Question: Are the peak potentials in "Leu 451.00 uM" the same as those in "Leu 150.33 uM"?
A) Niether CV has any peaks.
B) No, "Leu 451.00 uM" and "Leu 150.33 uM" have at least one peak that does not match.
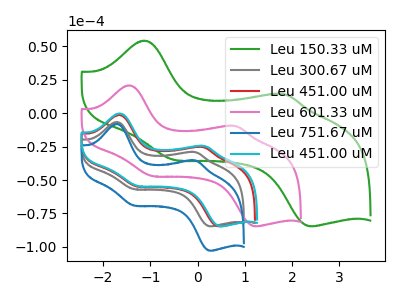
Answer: <think>The green curve "Leu 150.33 uM" has anodic peaks at (-1.10V, 54.20uA) (1.85V, 14.15uA) and cathodic peaks at (-0.50V, -34.95uA) (2.45V, -84.60uA). The gray curve "Leu 300.67 uM" has anodic peaks at (-1.70V, -6.65uA) (-0.05V, -29.15uA) and cathodic peaks at (-1.35V, -56.75uA) (0.30V, -84.65uA). The red curve "Leu 451.00 uM" has anodic peaks at (-1.65V, -1.35uA) (0.10V, -25.35uA) and cathodic peaks at (-1.25V, -54.85uA) (0.50V, -84.65uA). The pink curve "Leu 601.33 uM" has anodic peaks at (-1.45V, 20.70uA) (0.80V, -9.65uA) and cathodic peaks at (-0.95V, -46.95uA) (1.25V, -84.60uA). The blue curve "Leu 751.67 uM" has anodic peaks at (-1.70V, -8.10uA) (-0.05V, -35.45uA) and cathodic peaks at (-1.35V, -68.95uA) (0.30V, -102.85uA). The cyan curve "Leu 451.00 uM" has anodic peaks at (-1.65V, -0.30uA) (0.15V, -24.60uA) and cathodic peaks at (-1.25V, -54.45uA) (0.50V, -84.65uA).</think>
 <answer>B) No, "Leu 451.00 uM" and "Leu 150.33 uM" have at least one peak that does not match.</answer>
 <eval>B</eval>